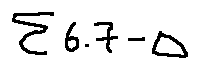
\sum 6 . 7 - \Delta